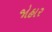
જોહાર